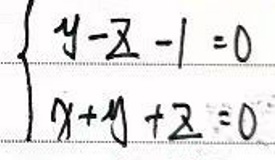
\left\{
\begin{array}{l}
y - z - 1 = 0\\
y + y + 2 z = 0
\end{array}
\right.